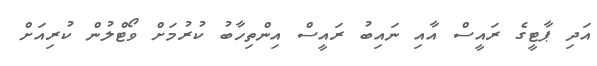
އަދި ޕާޓީގެ ރައީސް އާއި ނައިބު ރައީސް އިންތިހާބު ކުރުމަށް ވޯޓްލުން ކުރިއަށް